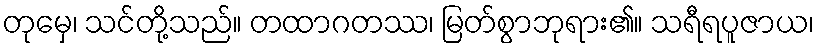
တုမှေ၊ သင်တို့သည်။ တထာဂတဿ၊ မြတ်စွာဘုရား၏။ သရီရပူဇာယ၊